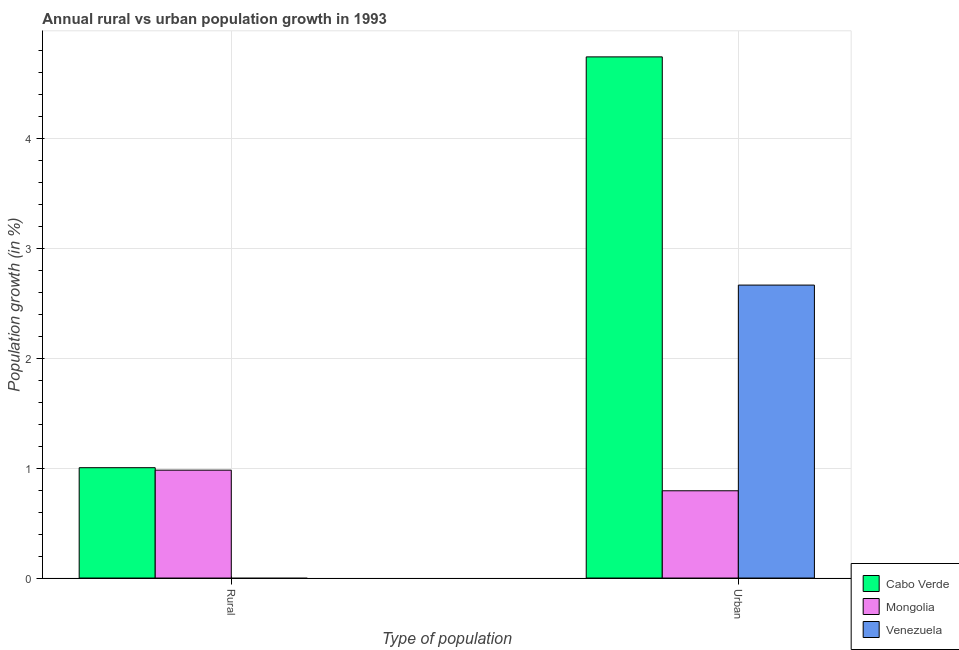
| Type of population | Cabo Verde | Mongolia | Venezuela |
 | --- | --- | --- | --- |
 | Rural | 1 | 0.981 | -0.43 |
 | Urban  | 4.74 | 0.793 | 2.66 |